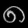
Digit: ၈